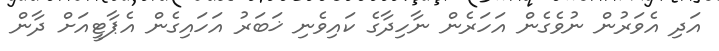
އަދި އެވަރުން ނުވެގެން އަހަރެން ނާހިދާގެ ކައިވެނި ޚަބަރު އަހައިގެން އެޕާޓީއަށް ދާން